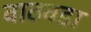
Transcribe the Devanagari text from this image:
वाठवडा